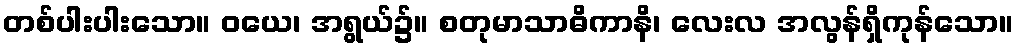
တစ်ပါးပါးသော။ ဝယေ၊ အရွယ်၌။ စတုမာသာဓိကာနိ၊ လေးလ အလွန်ရှိကုန်သော။